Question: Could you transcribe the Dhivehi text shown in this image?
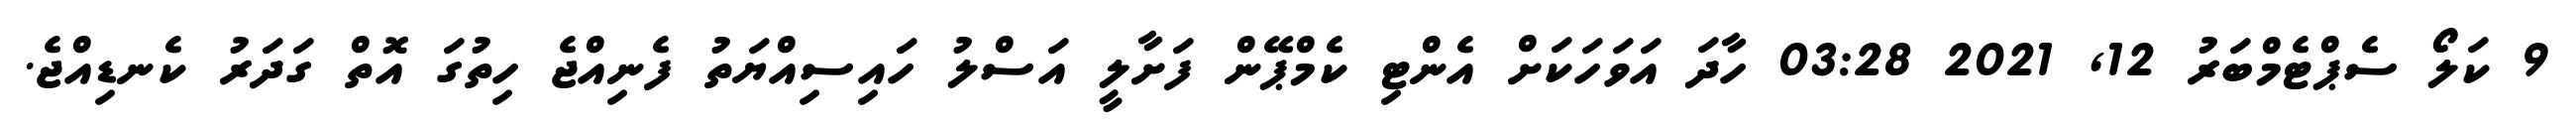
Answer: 9 ކަލޯ ސެޕްޓެމްބަރު 12, 2021 03:28 ހާދަ އަވަހަކަށް އެންޓި ކެމްޕޭން ފަށާލީ އަސްލު ހައިސިއްޔަތު ފެނިއްޖެ ހިތުގަ އޮތް ގަދަރު ކެނޑިއްޖެ.